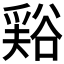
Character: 𧮾